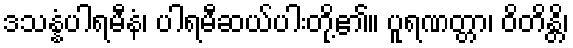
ဒသန္နံပါရမီနံ၊ ပါရမီဆယ်ပါးတို့၏။ ပူရဏတ္တာ၊ ဝိတိန္တိ၊